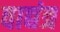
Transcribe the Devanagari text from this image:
वाद्यंत्र